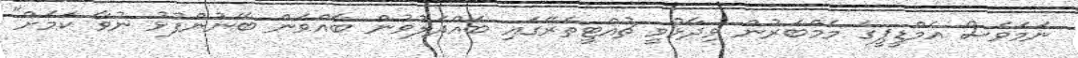
ނަމަވެސް އެމްޑީޕީގެ މެމްބަރުން ވިދާޅުވީ ޗުއްޓީތެރޭގައި ބައްދަލުވުން ބާއްވަން ބޭނުންފުޅު ނުވާ ކަމަށް"